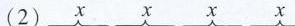
(2)x x x x